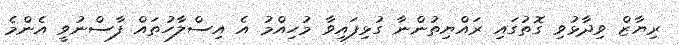
ރިޔާޒް ވިދާޅުވި ގޮތުގައި ރައްޔިތުންނާ ގުޅިފައިވާ މުހިއްމު އެ އިސްލާހުތައް ފާސްނުވީ އެންމެ